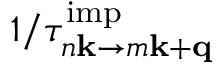
1 / \tau _ { n \mathbf k \to m \mathbf k + \mathbf q } ^ { \mathrm { i m p } }